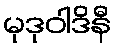
မုဒုဝါဒိနီ